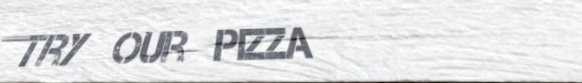
Try Our Pizza